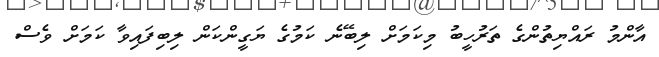
އާންމު ރައްޔިތުންގެ ތަރުހީބު މިކަމަށް ލިބޭނެ ކަމުގެ ޔަގީންކަން ލިބިފައިވާ ކަމަށް ވެސް